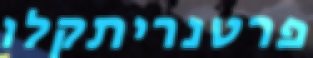
פרטנריתקלו